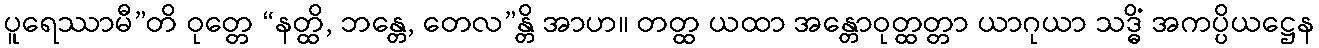
ပူရေဿာမီ”တိ ဝုတ္တေ “နတ္ထိ, ဘန္တေ, တေလ”န္တိ အာဟ။ တတ္ထ ယထာ အန္တောဝုတ္ထတ္တာ ယာဂုယာ သဒ္ဓိံ အကပ္ပိယဋ္ဌေန